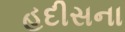
હદીસના